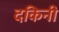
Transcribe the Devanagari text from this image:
दकिनी